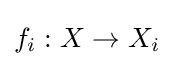
f_{i}:X\to X_{i}